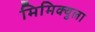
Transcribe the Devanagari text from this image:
मिमिक्युला